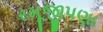
રમૂજીપણા